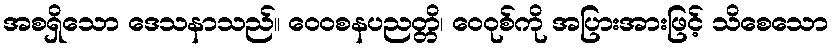
အစရှိသော ဒေသနာသည်။ ဝေဝစနပညတ္တိ၊ ဝေဝုစ်ကို အပြားအားဖြင့် သိစေသော